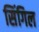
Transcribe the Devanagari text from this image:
सिंगिल